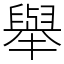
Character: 舉